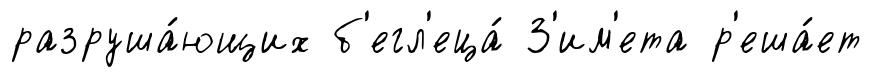
разруша́ющих б'егл'еца́ З'им'ета р'еша́ет